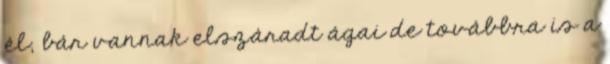
él, bár vannak elszáradt ágai de továbbra is a